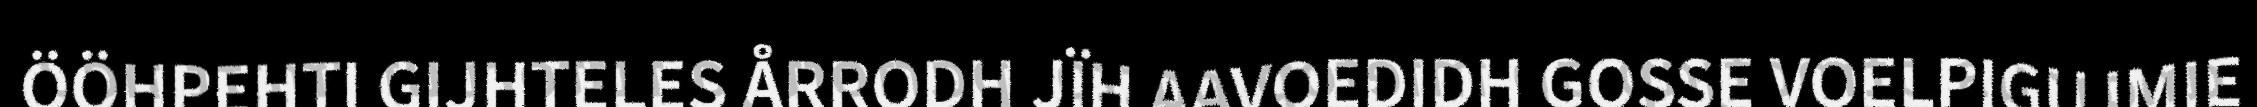
ÖÖHPEHTI GIJHTELES ÅRRODH JÏH AAVOEDIDH GOSSE VOELPIGUJMIE